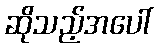
ဆိုသည့်အပေါ်